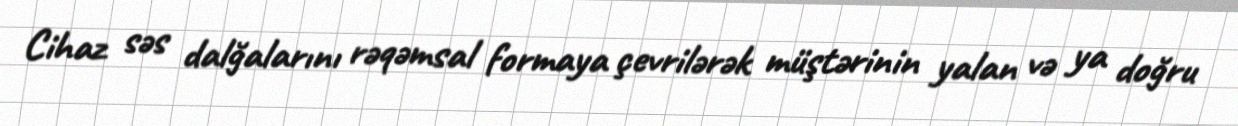
Cihaz səs dalğalarını rəqəmsal formaya çevrilərək müştərinin yalan və ya doğru